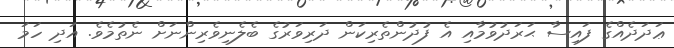
ޢަދަދެއްގެ ފައިސާ ޙަރަދުވުމާއި އެ ފުދުންތެރިކަން ދަރިވަރުގެ ބެލެނިވެރިންނަށް ނެތުމެވެ. އަދި ހަމަ